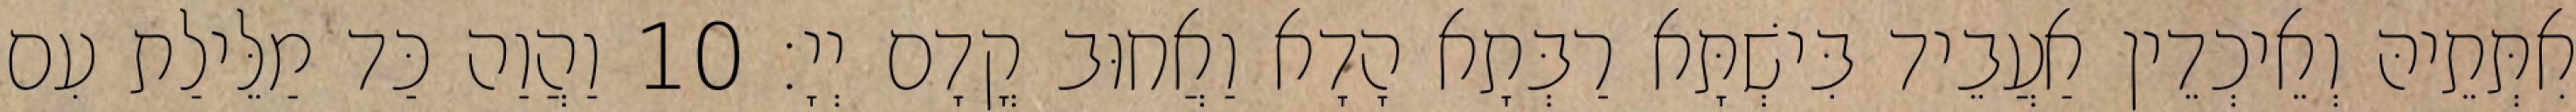
אִתְּתֵיהּ וְאֵיכְדֵין אַעֲבֵיד בִּישְׁתָּא רַבְּתָא הָדָא וַאֲחוּב קֳדָם יְיָ׃ 10 וַהֲוַה כַּד מַלֵּילַת עִם